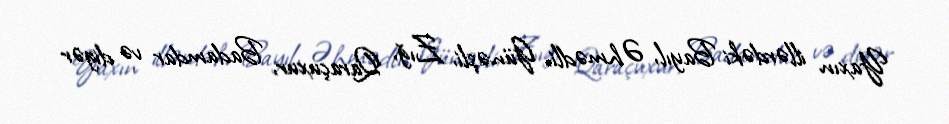
Yaxın illərdəki Bayıl, Əhmədli, Günəşli, Zığ, Qaraçuxur, Badamdar və digər